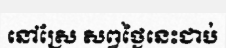
នៅស្រែ សព្វថ្ងៃនេះជាប់